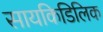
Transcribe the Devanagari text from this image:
सायकिडिलिक